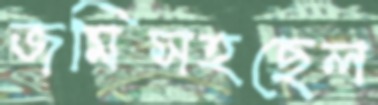
জমিসহছেল